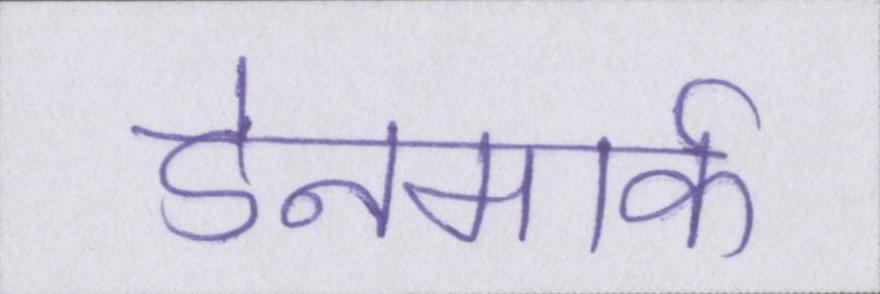
डेनमार्क